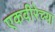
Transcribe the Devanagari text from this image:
एकवीरेच्या